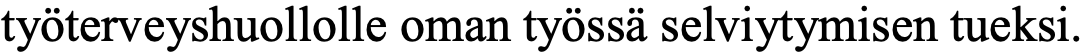
työterveyshuollolle oman työssä selviytymisen tueksi.